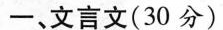
一、文言文(30分)